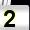
Digit: 2